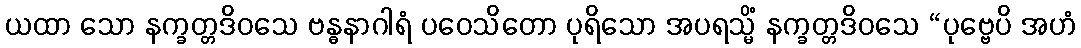
ယထာ သော နက္ခတ္တဒိဝသေ ဗန္ဓနာဂါရံ ပဝေသိတော ပုရိသော အပရသ္မိံ နက္ခတ္တဒိဝသေ “ပုဗ္ဗေပိ အဟံ